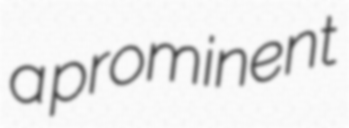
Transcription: a prominent